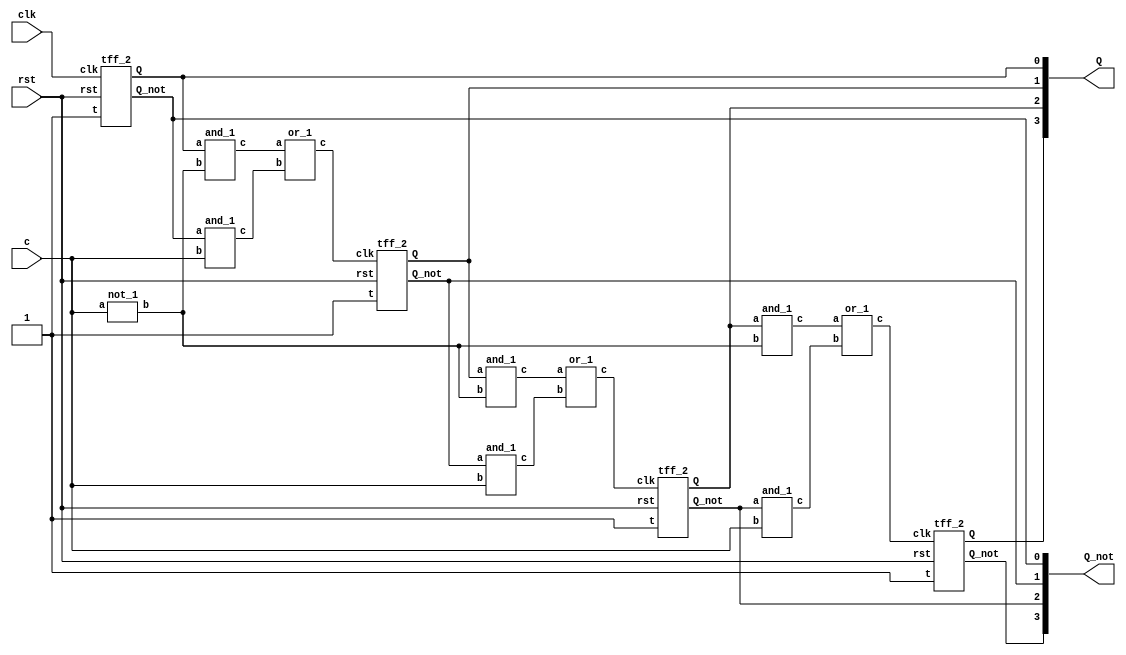
`timescale 1ns / 1ps

module ripple_udc(clk,rst,c,Q,Q_not);
input clk,rst,c;
output [3:0]Q,Q_not; 
wire [8:0] x;
wire c_not;

not_1 u0(c,c_not);

tff_2 u1(1'b1,clk,rst,Q[0],Q_not[0]);
tff_2 u2(1'b1,x[6],rst,Q[1],Q_not[1]);
tff_2 u3(1'b1,x[7],rst,Q[2],Q_not[2]);
tff_2 u4(1'b1,x[8],rst,Q[3],Q_not[3]);

and_1 u5(Q[0],c_not,x[0]);
and_1 u6(Q_not[0],c,x[1]);
and_1 u7(Q[1],c_not,x[2]);
and_1 u8(Q_not[1],c,x[3]);
and_1 u9(Q[2],c_not,x[4]);
and_1 u10(Q_not[2],c,x[5]);

or_1 u11(x[0],x[1],x[6]);
or_1 u12(x[2],x[3],x[7]); 
or_1 u13(x[4],x[5],x[8]); 
endmodule


module tff_2(t,clk,rst,Q,Q_not);
input t,clk,rst;
output reg Q,Q_not;
always@(negedge clk)
begin
if(rst==1) begin
Q = 1'b0; Q_not=1'b1; end
else
if(t==0) begin
Q=Q; Q_not=Q_not; end
else if(t==1) begin
Q=~Q; Q_not=~Q_not; end	
end
endmodule

module and_1(input a,b,output c);
assign c=a&b;
endmodule

module not_1(
    input a,
    output b
    );
assign b=~a;
endmodule

module or_1(input a,b,output c);
assign c=a|b;
endmodule